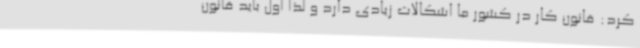
کرد: قانون کار در کشور ما اشکالات زیادی دارد و لذا اول باید قانون